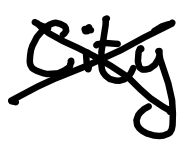
Text: city
Cross-out: cross
Writing tool: digital_black